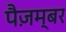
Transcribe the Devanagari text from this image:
पैज़म्बर